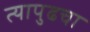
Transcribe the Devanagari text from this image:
त्यापुढचा